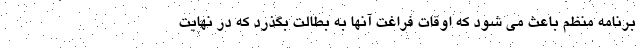
برنامه منظم باعث می شود که اوقات فراغت آنها به بطالت بگذرد که در نهایت